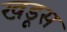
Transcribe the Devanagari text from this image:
खडूस